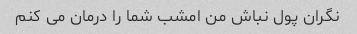
نگران پول نباش من امشب شما را درمان می کنم